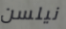
نيلسن